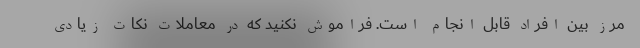
مرز بین افراد قابل انجام است. فراموش نکنید که در معاملات نکات زیادی